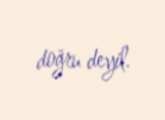
doğru deyil.